Leaving Certificate, 1899
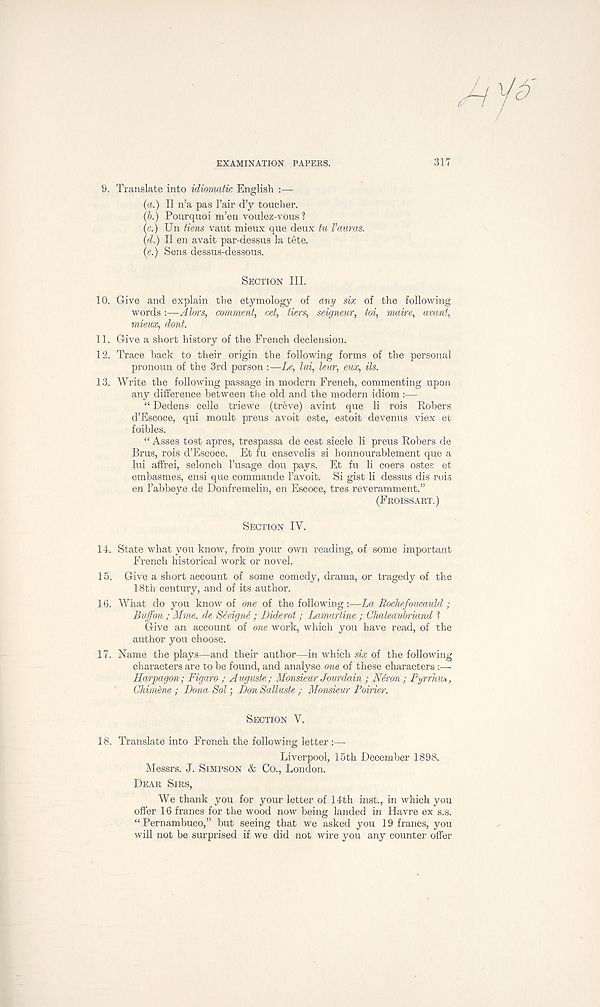
EXAMINATION PAPERS.
317
9.
Translate into idiomatic English
{a.) II n’a pas 1’air d’y toucher.
(b.) Pourquoi m’en voulez-vous ?
(c.) Un tiens vaut mieux que deux tu Vauras.
(d.) II en avait par-dessus la tete.
(e.) Sens dessus-dessous.
SECTION III.
10. Give and explain the etymology of any six of the following
words:—Alors, comment, cet, tiers, seigneur, toi, maire, avanf,
mieux, dont.
11. Give a short history of the French declension.
12. Trace back to their origin the following forms of the personal
pronoun of the 3rd person :—Le, lui, leur, eux, Us.
13. Write the following passage in modern French, commenting upon
any difference between the old and the modern idiom:—
“ Dedens celle trie we (treve) avint que li rois Eobers
d’Escoce, qui moult preus avoit este, estoit devenus viex et
foibles.
“ Asses tost apres, trespassa de cest sieele li preus Eobers de
Brus, rois d’Escoce. Et fu ensevelis si honnourablement que a
lui affrei, selonch 1’usage dou pays. Et fu li coers ostes et
embasmes, ensi que commande 1’avoit. Si gist li dessus dis rois
en Fabbeye de Donfremelin, en Escoce, tres reveramment.”
(FROISSART.)
SECTION IV.
14. State what you know, from your own reading, of some important
French historical work or novel.
15. Give a short account of some comedy, drama, or tragedy of the
18th century, and of its author.
16. What do you know of one of the following :—La Rochefoucauld ;
Buffon ; Mme. de Sevigni ; Diderot; Lamartine ; Chateaubriand 1
Give an account of one work, which you have read, of the
author you choose.
17. Name the plays—and their author—in which six of the following
characters are to be found, and analyse one of these characters :—
Harpagon; Figaro ; Auguste; Monsieur Jourdain ; Niron ; Pyrrhus,
Chimene ; Dona Sol; Don SaUuste ; Monsieur Poirier.
SECTION V.
18. Translate into French the following letter :—
Liverpool, 15th December 1898.
Messrs. J. SIMPSON & Co., London.
DEAR SIRS,
We thank you for your letter of 14th inst., in which you
offer 16 francs for the wood now being landed in Havre ex s.s.
“Pernambuco,” but seeing that we asked you 19 francs, you
will not be surprised if we did not wire you any counter offer